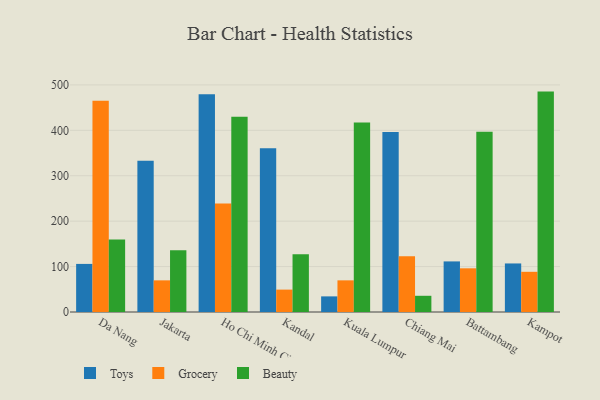
{"axis": {"x": "City", "y": "Gross Profit (USD K)"}, "legend": ["Beauty", "Grocery", "Toys"], "data": [{"x": "Da Nang", "y": 105.9, "type": "Toys"}, {"x": "Da Nang", "y": 465.0, "type": "Grocery"}, {"x": "Da Nang", "y": 159.6, "type": "Beauty"}, {"x": "Jakarta", "y": 333.0, "type": "Toys"}, {"x": "Jakarta", "y": 69.7, "type": "Grocery"}, {"x": "Jakarta", "y": 136.0, "type": "Beauty"}, {"x": "Ho Chi Minh City", "y": 479.5, "type": "Toys"}, {"x": "Ho Chi Minh City", "y": 238.8, "type": "Grocery"}, {"x": "Ho Chi Minh City", "y": 430.0, "type": "Beauty"}, {"x": "Kandal", "y": 360.3, "type": "Toys"}, {"x": "Kandal", "y": 49.3, "type": "Grocery"}, {"x": "Kandal", "y": 127.3, "type": "Beauty"}, {"x": "Kuala Lumpur", "y": 34.4, "type": "Toys"}, {"x": "Kuala Lumpur", "y": 69.7, "type": "Grocery"}, {"x": "Kuala Lumpur", "y": 417.3, "type": "Beauty"}, {"x": "Chiang Mai", "y": 396.5, "type": "Toys"}, {"x": "Chiang Mai", "y": 122.9, "type": "Grocery"}, {"x": "Chiang Mai", "y": 35.7, "type": "Beauty"}, {"x": "Battambang", "y": 111.4, "type": "Toys"}, {"x": "Battambang", "y": 96.2, "type": "Grocery"}, {"x": "Battambang", "y": 397.0, "type": "Beauty"}, {"x": "Kampot", "y": 106.9, "type": "Toys"}, {"x": "Kampot", "y": 88.5, "type": "Grocery"}, {"x": "Kampot", "y": 485.3, "type": "Beauty"}]}